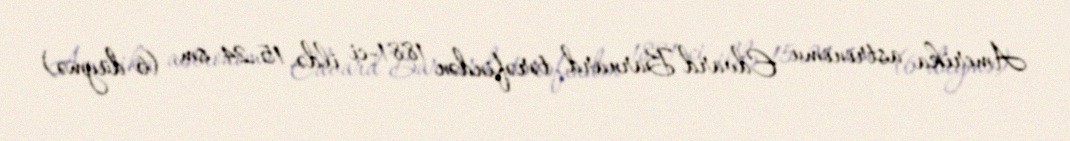
Amerika astronomu Edvard Barnard tərəfindən 1881-ci ildə 15.24 sm (6 düymə)